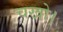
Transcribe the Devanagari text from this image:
चखो।